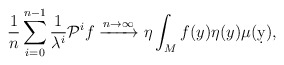
\begin{align*} \frac{1}{n}\sum_{i=0}^{n-1}\frac{1}{\lambda^i}\mathcal P^i f \xrightarrow{n\to\infty} \eta \int_M f(y)\eta(y)\mu(\d y),\end{align*}